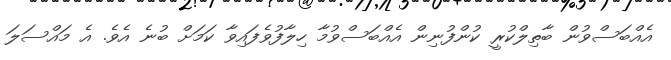
އެއްބަސްވުން ބާތިލްކުރީ ކުންފުނިން އެއްބަސްވުމާ ހިލާފުވެފައިވާ ކަމަށް ބުނެ އެވެ. އެ މައްސަލަ